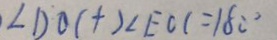
\angle D O C + 2 \angle E C C = 1 8 0 ^ { \circ }